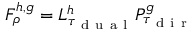
F _ { \rho } ^ { h , g } = L _ { \tau _ { \mathrm { ~ d ~ u ~ a ~ l ~ } } } ^ { h } P _ { \tau _ { \mathrm { ~ d ~ i ~ r ~ } } } ^ { g }